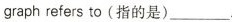
graph refers to(指的是)___.